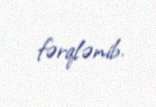
fərqlənib.